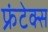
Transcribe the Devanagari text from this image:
फ्रंटेक्स